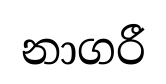
නාගරී